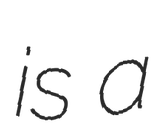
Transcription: is a